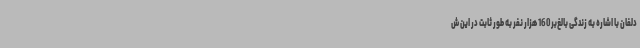
دلفان با اشاره به زندگی بالغ‌بر 160 هزار نفر به طور ثابت در این ش